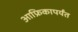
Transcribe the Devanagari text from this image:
आफ्रिकापर्यंत